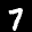
Label: 7